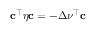
\mathbf { c } ^ { \top } \boldsymbol { \eta } \mathbf { c } = - \Delta \boldsymbol { \nu } ^ { \top } \mathbf { c }